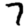
Digit: 7